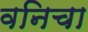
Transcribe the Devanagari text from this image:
वनिचा